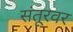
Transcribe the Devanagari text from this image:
संतूरवर